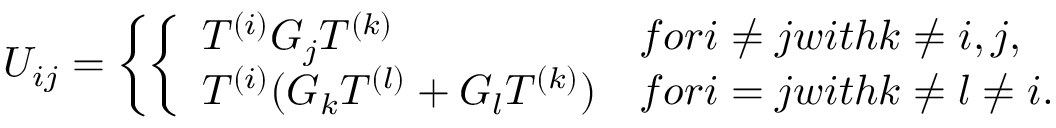
U _ { i j } = \left\{ \left\{ \begin{array} { l l } { { T ^ { ( i ) } G _ { j } T ^ { ( k ) } } } & { { f o r i \neq j w i t h k \neq i , j , } } \\ { { T ^ { ( i ) } ( G _ { k } T ^ { ( l ) } + G _ { l } T ^ { ( k ) } ) } } & { { f o r i = j w i t h k \neq l \neq i . } } \end{array} \right. \right.